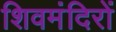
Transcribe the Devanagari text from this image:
शिवमंदिरों